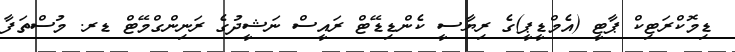
ޑިމޮކްރަޓިކް ޕާޓީ (އެމްޑީޕީ)ގެ ރިޔާސީ ކެންޑިޑޭޓް ރައީސް ނަޝީދުގެ ރަނިންގްމޭޓް ޑރ. މުސްތަފާ